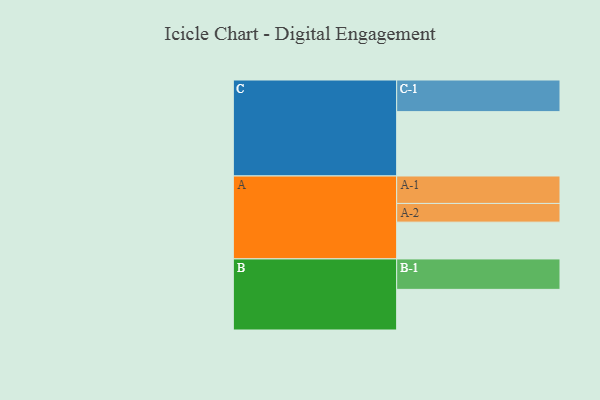
{"axis": {"x": "Segment", "y": "Value"}, "legend": ["", "A", "B", "C"], "data": [{"x": "A", "y": 307, "type": ""}, {"x": "B", "y": 339, "type": ""}, {"x": "C", "y": 537, "type": ""}, {"x": "A-1", "y": 229, "type": "A"}, {"x": "A-2", "y": 156, "type": "A"}, {"x": "B-1", "y": 254, "type": "B"}, {"x": "C-1", "y": 264, "type": "C"}]}